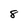
Character: 8